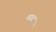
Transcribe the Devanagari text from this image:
माट